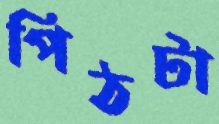
পিঠটা